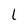
Character: L